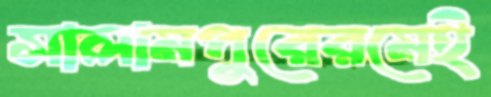
সালামপুরেরমেই